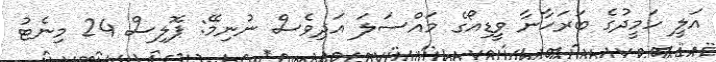
އަލީ ހަމީދުގެ ބަރަހާނާ ވީޑިއޯގެ މައްސަލަ އަދިވެސް ނުނިމޭ: ޕޮލިސް 24 މިނެޓު